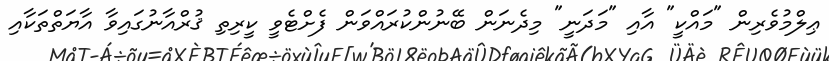
ޢިލްމުވެރިން "މައްކީ" އާއި "މަދަނީ" މިދެނަން ބޭނުންކުރައްވަން ފެށްޓެވީ ކީރިތި ޤުރްއާނުގައިވާ އާޔަތްތަކާއި